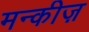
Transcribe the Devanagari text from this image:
मन्कीज़